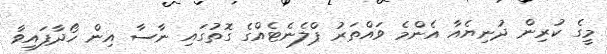
މީގެ ކުރިން ދުނިޔެއާ އެންމެ ވައްތަރު ޕްލެނެޓެއްގެ ގޮތުގައި ނާސާ އިން ހޯދާފައިވާ